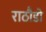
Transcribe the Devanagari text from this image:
राठौडो